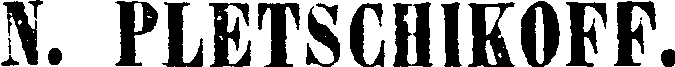
N. PLETSCHIKOFF.